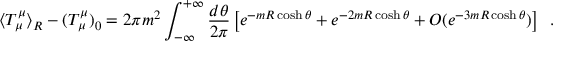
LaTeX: \langle T _ { \mu } ^ { \mu } \rangle _ { R } - ( T _ { \mu } ^ { \mu } ) _ { 0 } = 2 \pi m ^ { 2 } \int _ { - \infty } ^ { + \infty } \frac { d \theta } { 2 \pi } \left[ e ^ { - m R \cosh \theta } + e ^ { - 2 m R \cosh \theta } + { \cal O } ( e ^ { - 3 m R \cosh \theta } ) \right] \, \, \, .